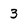
Character: 3